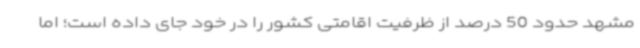
مشهد حدود 50 درصد از ظرفیت اقامتی کشور را در خود جای داده است؛ اما